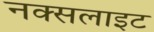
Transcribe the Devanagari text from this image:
नक्सलाइट